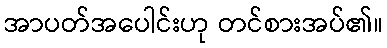
အာပတ်အပေါင်းဟု တင်စားအပ်၏။